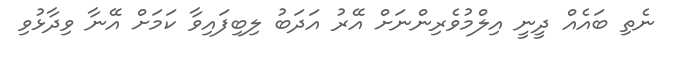
ނެތި ބައެއް ދީނީ އިލްމުވެރިންނަށް އޭރު އަދަބު ލިބިފައިވާ ކަމަށް އޭނާ ވިދާޅުވި